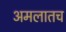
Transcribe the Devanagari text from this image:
अमलातच